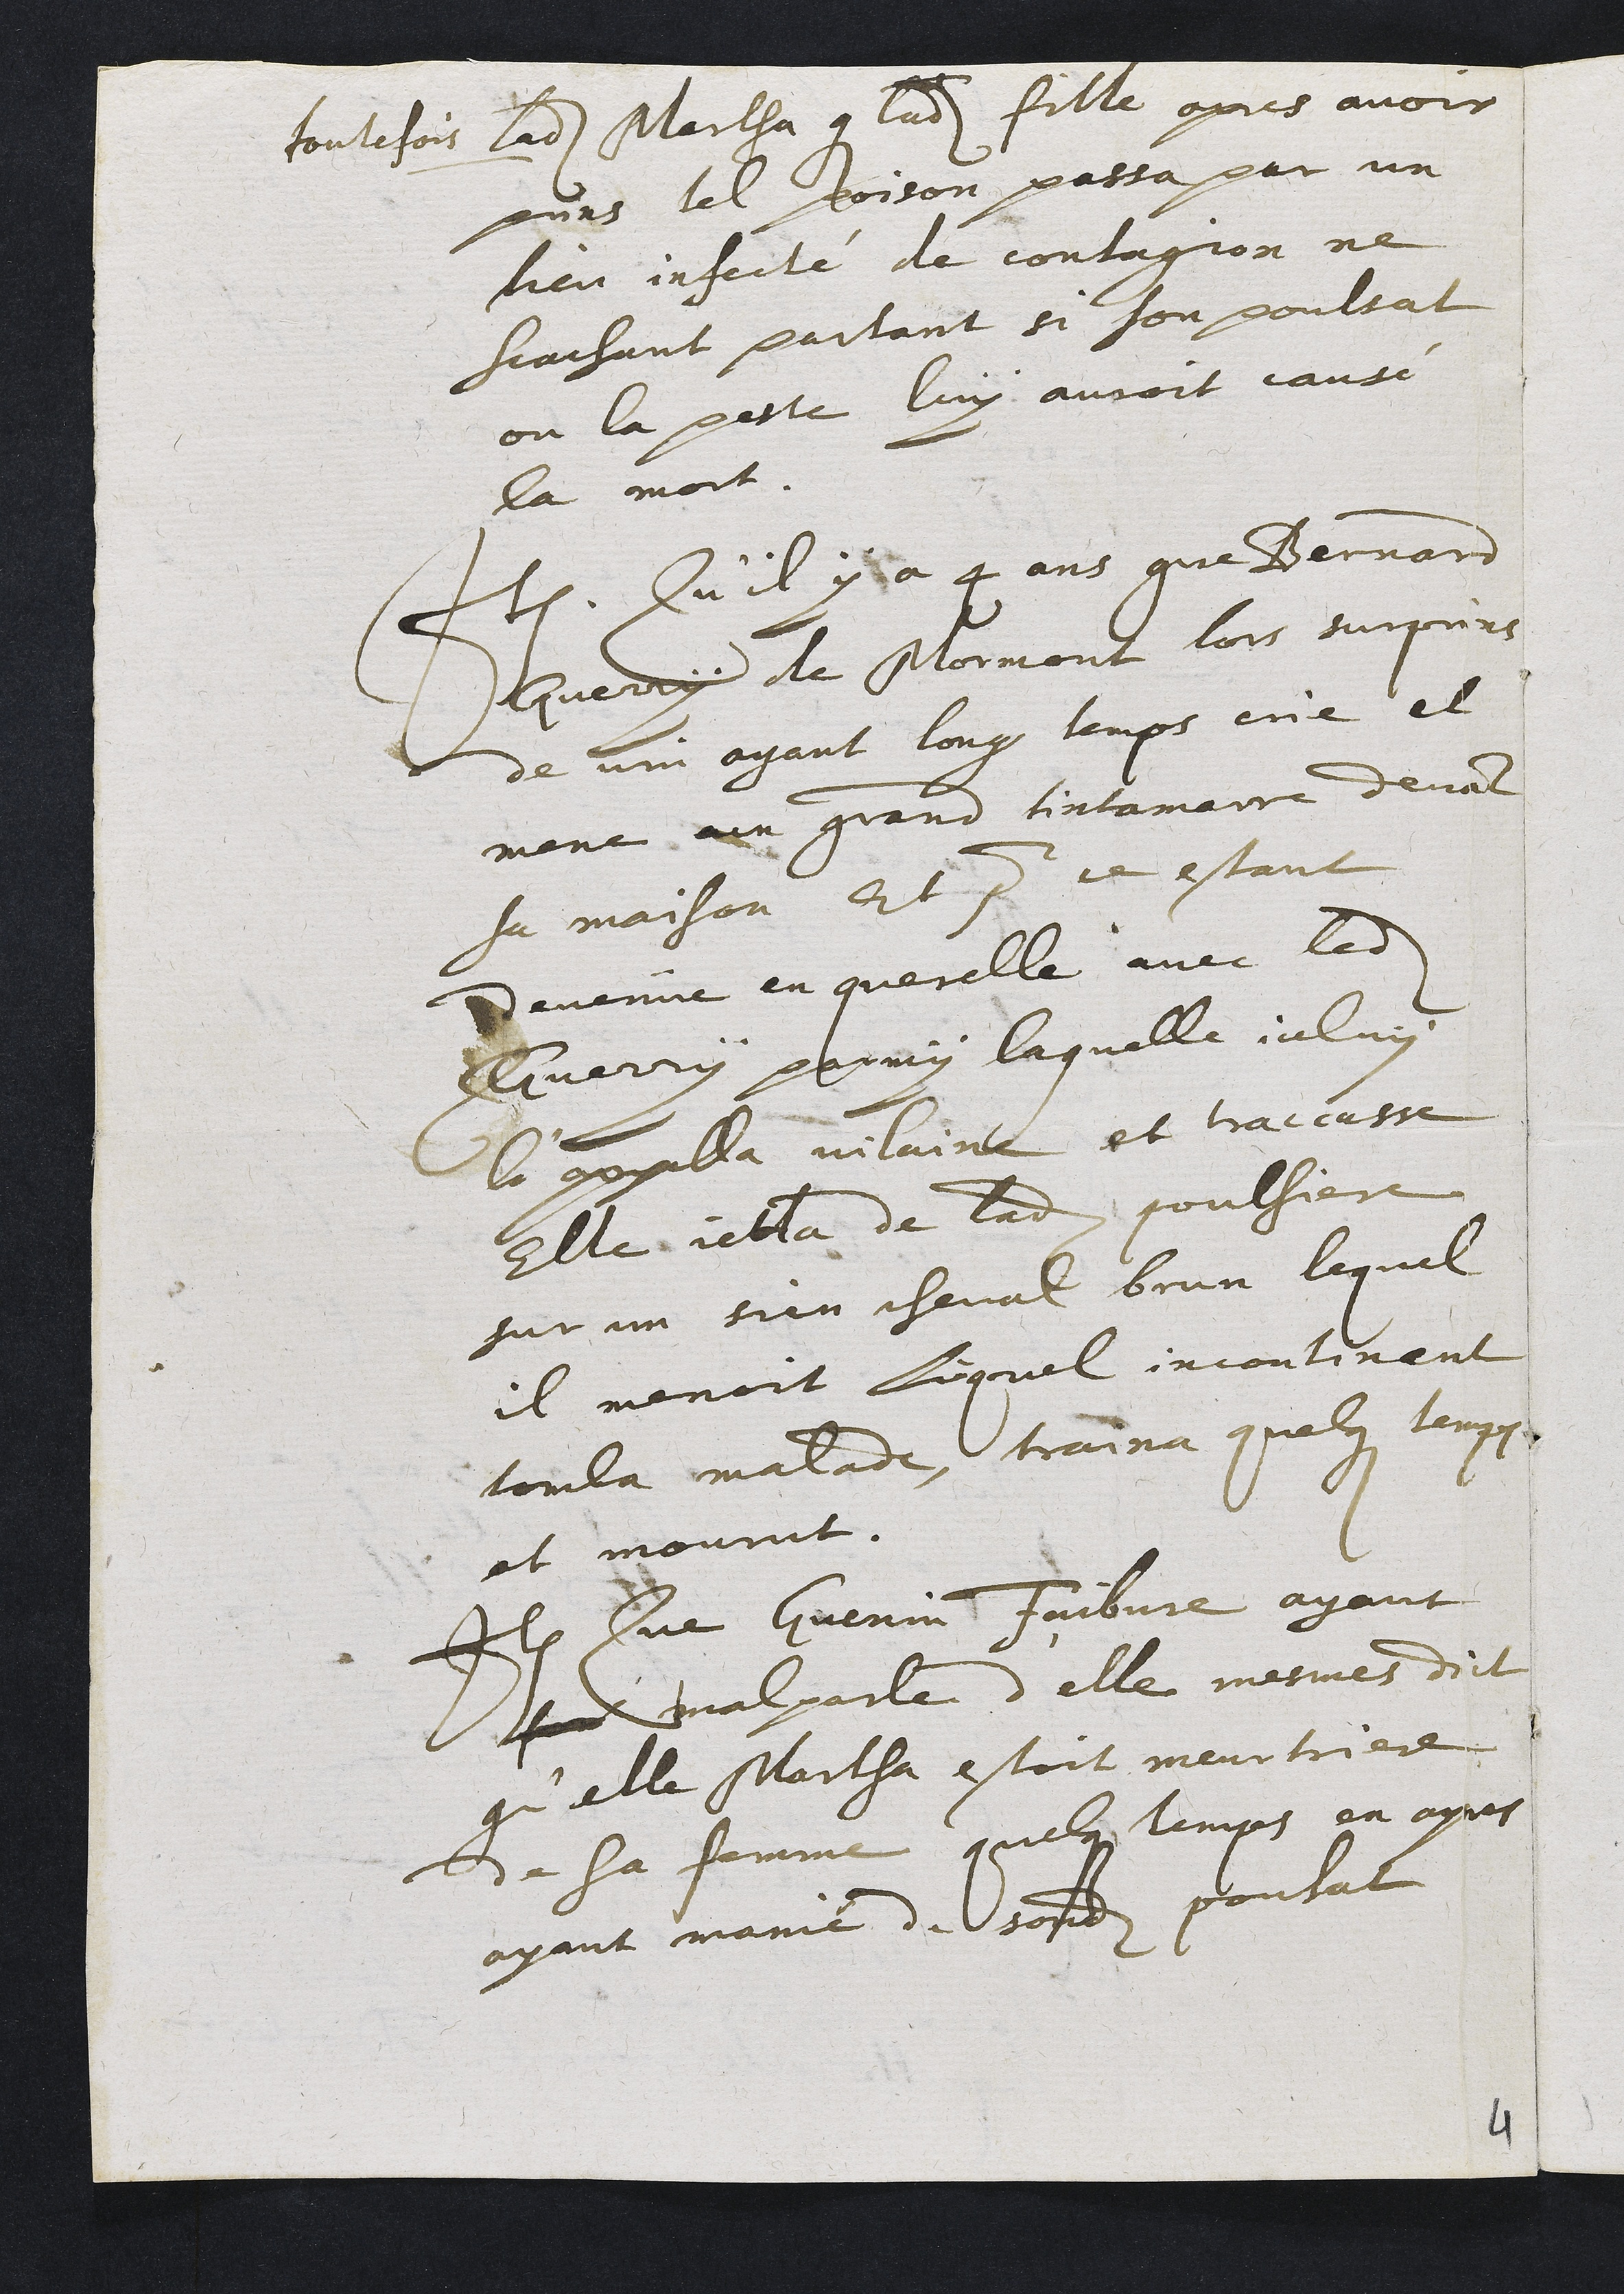
toutefois ladite Marlha que ladite fille apres avoir
pons lel poison passa par un
heu infecté de contagion ne
frachant paitant ei houpoultat
on la peste luy auroit cause
la mort.
Itum Qu’il y a 4 ans que Bernard
Jhueroy de Mormont lors supris
de vin ayant long temps ené et
mene un grand tintamaire devant
sa maison. Et pue le estant
Devenie en querelle, avec ledit
Guerry parmy laquelle ialuy
le peilla vilaine, et traccasse
Elle ietta de ladite poulsiere
sur un tien cheval brun lequel
il menoit liquel incontinent
toula maladie, traina quelz lempst
et mourut.
Ilem Sue Guenin Jaibvre ayant
sodt malparle d’elle mesmes dict
qu’elle Martha estoit meurtriere.
de sa femme quelqe lemps en ayres
ayant manié du sondit poutat